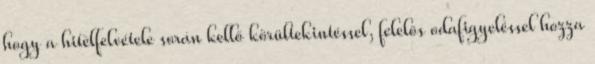
hogy a hitelfelvétele során kellő körültekintéssel, felelős odafigyeléssel hozza